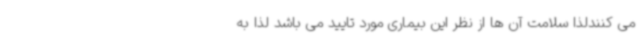
می کنندلذا سلامت آن ها از نظر این بیماری مورد تایید می باشد لذا به